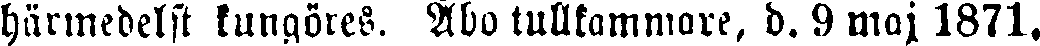
härmedelst kungöres. Åbo tullkammare, d. 9 maj 1871.